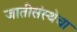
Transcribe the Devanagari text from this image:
जातीसंस्थेचा